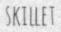
SKILLET